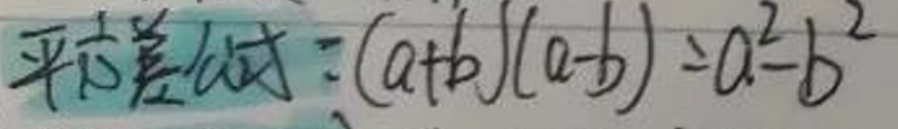
平方差公式：$(a + b)(a - b)=a^{2}-b^{2}$